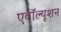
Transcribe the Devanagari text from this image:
एवॉल्यूशन